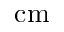
\mathrm { c m }